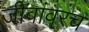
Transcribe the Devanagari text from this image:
जीवांवरच